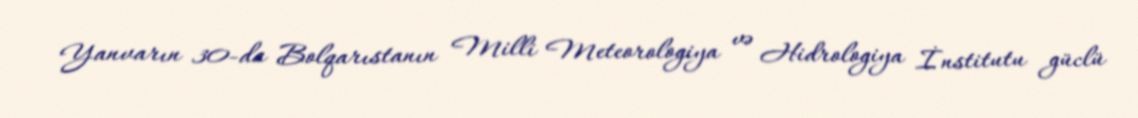
Yanvarın 30-da Bolqarıstanın Milli Meteorologiya və Hidrologiya İnstitutu güclü